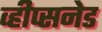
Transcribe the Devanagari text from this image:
व्हीप्सनेड